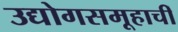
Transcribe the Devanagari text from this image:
उद्योगसमूहाचीं